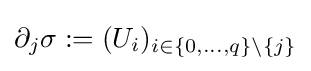
\partial _{j}\sigma :=(U_{i})_{i\in \{0,\ldots ,q\}\setminus \{j\}}